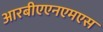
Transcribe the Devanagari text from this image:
आरबीएएनएमएस